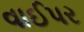
વાઈપર